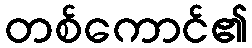
တစ်ကောင်၏